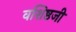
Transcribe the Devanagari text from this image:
वशिष्ठजी